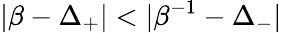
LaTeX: |\beta-\Delta_{+}|<|\beta^{-1}-\Delta_{-}|